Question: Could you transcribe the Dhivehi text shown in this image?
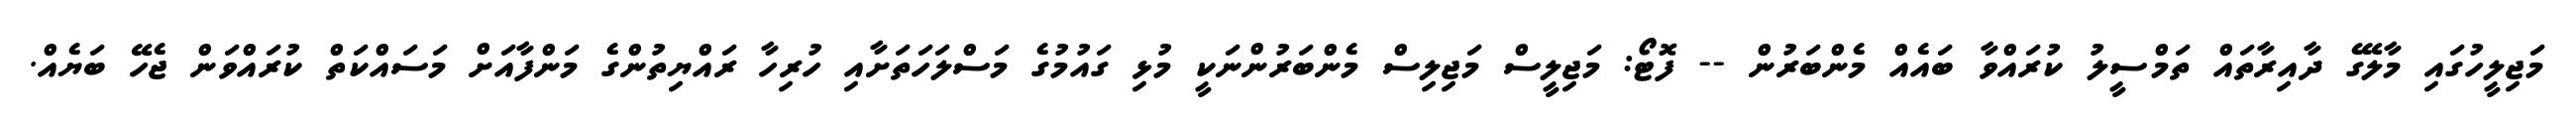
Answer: މަޖިލީހުގައި މާލޭގެ ދާއިރާތައް ތަމްސީލު ކުރައްވާ ބައެއް މެންބަރުން -- ފޮޓޯ: މަޖިލީސް މަޖިލިސް މެންބަރުންނަކީ މުޅި ގައުމުގެ މަސްލަހަތަށާއި ހުރިހާ ރައްޔިތުންގެ މަންފާއަށް މަސައްކަތް ކުރައްވަން ޖެހޭ ބަޔެއް.